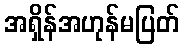
အရှိန်အဟုန်မပြတ်